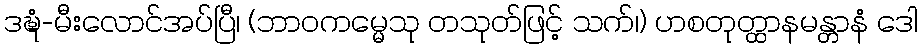
ဒဍ္ဎံ-မီးလောင်အပ်ပြီ၊ (ဘာဝကမ္မေသု တသုတ်ဖြင့် သက်၊) ဟစတုတ္ထာနမန္တာနံ ဒေါ